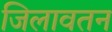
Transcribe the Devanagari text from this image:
जिलावतन